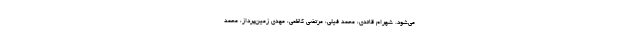
می‌شود. شهرام قائدی، محمد فیلی، مرتضی کاظمی، مهدی زمین‌پرداز، محمد